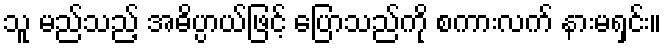
သူ မည်သည့် အဓိပ္ပာယ်ဖြင့် ပြောသည်ကို စကားလက် နားမရှင်း။